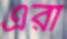
এঁরা